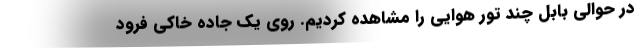
در حوالي بابل چند تور هوايي را مشاهده كرديم. روي يك جاده خاكي فرود